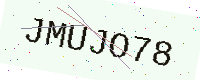
Text: JMUJO78